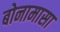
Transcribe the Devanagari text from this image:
बोनामासा